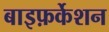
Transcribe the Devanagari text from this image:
बाइफ़र्केशन